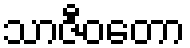
သာဇီဝတော